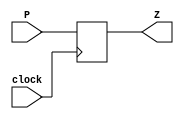
`timescale 1ns / 1ps
//////////////////////////////////////////////////////////////////////////////////
// Company: 
// Engineer: 
// 
// Design Name: 
// Module Name: DFF
// Project Name: 
// Target Devices: 
// Tool Versions: 
// Description: 
// 
// Dependencies: 
// 
// Revision:
// Revision 0.01 - File Created
// Additional Comments:
// 
//////////////////////////////////////////////////////////////////////////////////


module DFF(
    input wire P,
    input wire clock,
    output reg Z
    );
    always @(posedge clock) begin
        Z <= P;
    end
endmodule